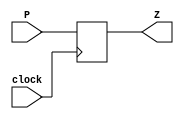
`timescale 1ns / 1ps
//////////////////////////////////////////////////////////////////////////////////
// Company: 
// Engineer: 
// 
// Design Name: 
// Module Name: DFF
// Project Name: 
// Target Devices: 
// Tool Versions: 
// Description: 
// 
// Dependencies: 
// 
// Revision:
// Revision 0.01 - File Created
// Additional Comments:
// 
//////////////////////////////////////////////////////////////////////////////////


module DFF(
    input wire P,
    input wire clock,
    output reg Z
    );
    always @(posedge clock) begin
        Z <= P;
    end
endmodule